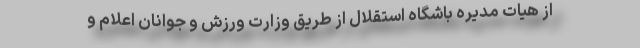
از هیات مدیره باشگاه استقلال از طریق وزارت ورزش و جوانان اعلام و